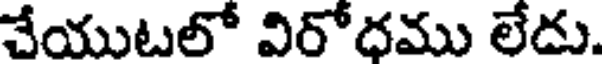
చేయుటలో విరోధము లేదు.